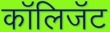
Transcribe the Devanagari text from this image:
कॉलिजॅट